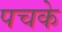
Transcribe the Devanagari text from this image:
पचके